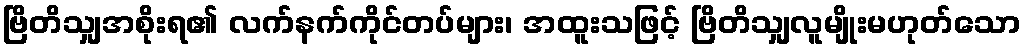
ဗြိတိသျှအစိုးရ၏ လက်နက်ကိုင်တပ်များ၊ အထူးသဖြင့် ဗြိတိသျှလူမျိုးမဟုတ်သော